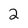
Character: 2